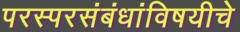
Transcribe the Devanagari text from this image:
परस्परसंबंधांविषयीचे